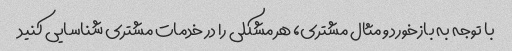
با توجه به بازخورد و مثال مشتری، هر مشکلی را در خدمات مشتری شناسایی کنید